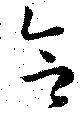
合